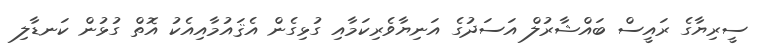
ސީރިޔާގެ ރައީސް ބައްޝާރުލް އަސަދުގެ އަނިޔާވެރިކަމާއި ގުޅިގެން އެޤައުމާއިއެކު އޮތް ގުޅުން ކަނޑާލި